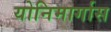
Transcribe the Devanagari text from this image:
योनिमार्गास